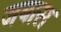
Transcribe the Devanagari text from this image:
जयास